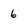
Character: 6